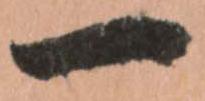
一